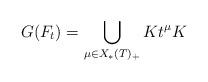
LaTeX: \begin{align*}G(F_t) = \bigcup_{\mu \in X_*(T)_+} K t^{\mu} K \end{align*}